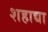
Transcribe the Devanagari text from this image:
शहाद्या